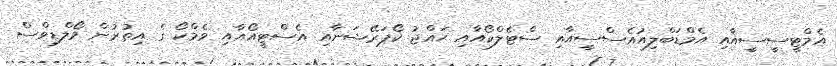
އެމްޓީސީސީއާއި އެމްޑަބްލިއުއެސްސީއާއި ސްޓެލްކޯއާއި ޙައްޖު ކޯޕަރޭޝަނާއި އެސްޓީއޯއާއި ވެމްކޯ ގެ އިތުރުން މޯލްޑިވްސް